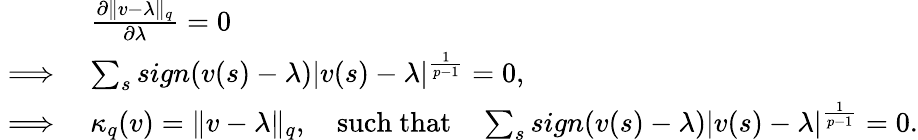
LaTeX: \begin{array}{rl}&{\frac{\partial\lVert v-\lambda\rVert_{q}}{\partial\lambda}=0}\\ {\implies}&{\sum_{s}sign(v(s)-\lambda)|v(s)-\lambda|^{\frac{1}{p-1}}=0,}\\ {\implies}&{\kappa_{q}(v)=\lVert v-\lambda\rVert_{q},\quad\mathrm{such~that}\quad\sum_{s}sign(v(s)-\lambda)|v(s)-\lambda|^{\frac{1}{p-1}}=0.}\end{array}